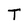
Character: T